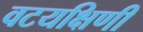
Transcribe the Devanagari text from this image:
वटयक्षिणी